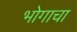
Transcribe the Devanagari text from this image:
भोगाचा